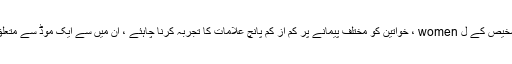
پی ایم ڈی ڈی کی تشخیص کے ل women ، خواتین کو مختلف پیمانے پر کم از کم پانچ علامات کا تجربہ کرنا چاہئے ، ان میں سے ایک موڈ سے متعلق ہونا ضروری ہے۔